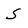
Character: S